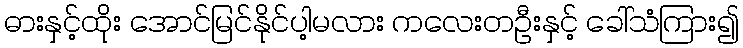
ဓားနှင့်ထိုး အောင်မြင်နိုင်ပါ့မလား ကလေးတဦးနှင့် ခေါ်သံကြား၍